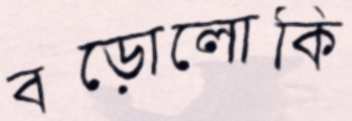
বড়োলোকি